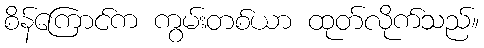
စိန်ကြောင်က ကွမ်းတစ်ယာ ထုတ်လိုက်သည်။